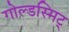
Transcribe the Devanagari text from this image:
गोल्डस्मिट्